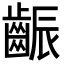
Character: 𪘝